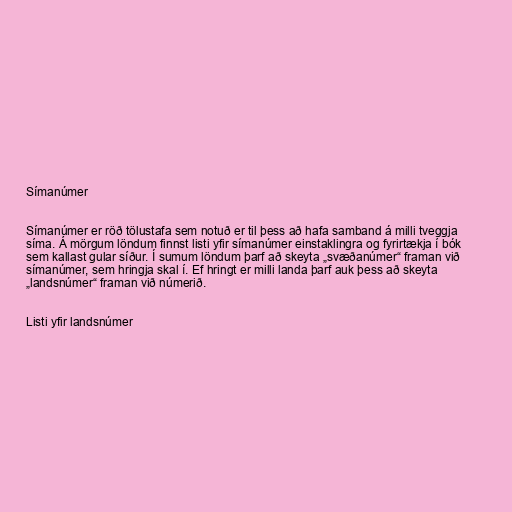
Símanúmer

Símanúmer er röð tölustafa sem notuð er til þess að hafa samband á milli tveggja
síma. Á mörgum löndum finnst listi yfir símanúmer einstaklingra og fyrirtækja í bók
sem kallast gular síður. Í sumum löndum þarf að skeyta „svæðanúmer“ framan við
símanúmer, sem hringja skal í. Ef hringt er milli landa þarf auk þess að skeyta
„landsnúmer“ framan við númerið.

Listi yfir landsnúmer